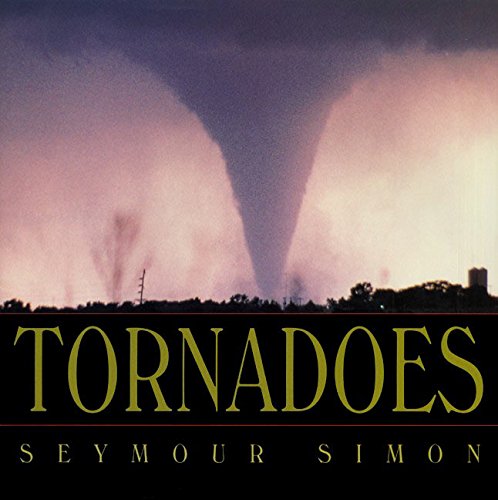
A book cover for Tornadoes; Seymour Simon; Science & Math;